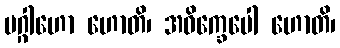
ပဂ္ဂါဟော ဟောတိ၊ အဝိက္ခေပေါ ဟောတိ၊